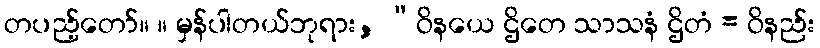
တပည့်တော်။ ။ မှန်ပါတယ်ဘုရား, “ဝိနယေ ဌိတေ သာသနံ ဌိတံ = ဝိနည်း